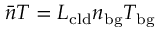
\bar { n } T = L _ { \mathrm { c l d } } n _ { \mathrm { b g } } T _ { \mathrm { b g } }